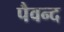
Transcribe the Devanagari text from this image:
पैवन्द